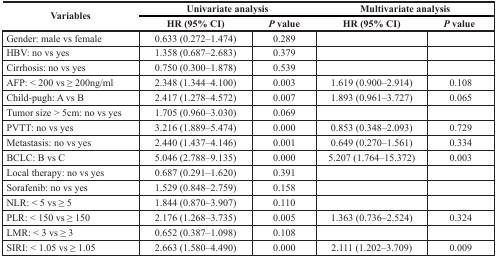
| <ROWSPAN=2> Variables | <COLSPAN=2> Univariate analysis | <COLSPAN=2> Multivariate analysis |
 | HR (95% CI) | P value | HR (95% CI) | P value |
 | --- | --- | --- | --- | --- |
 | Gender: male vs female | 0.633 (0.272–1.474) | 0.289 |  |  |
 | HBV: no vs yes | 1.358 (0.687–2.683) | 0.379 |  |  |
 | Cirrhosis: no vs yes | 0.750 (0.300–1.878) | 0.539 |  |  |
 | AFP: < 200 vs ≥ 200ng/ml | 2.348 (1.344–4.100) | 0.003 | 1.619 (0.900–2.914) | 0.108 |
 | Child-pugh: A vs B | 2.417 (1.278–4.572) | 0.007 | 1.893 (0.961–3.727) | 0.065 |
 | Tumor size > 5cm: no vs yes | 1.705 (0.960–3.030) | 0.069 |  |  |
 | PVTT: no vs yes | 3.216 (1.889–5.474) | 0.000 | 0.853 (0.348–2.093) | 0.729 |
 | Metastasis: no vs yes | 2.440 (1.437–4.146) | 0.001 | 0.649 (0.270–1.561) | 0.334 |
 | BCLC: B vs C | 5.046 (2.788–9.135) | 0.000 | 5.207 (1.764–15.372) | 0.003 |
 | Local therapy: no vs yes | 0.687 (0.291–1.620) | 0.391 |  |  |
 | Sorafenib: no vs yes | 1.529 (0.848–2.759) | 0.158 |  |  |
 | NLR: < 5 vs ≥ 5 | 1.844 (0.870–3.907) | 0.110 |  |  |
 | PLR: < 150 vs ≥ 150 | 2.176 (1.268–3.735) | 0.005 | 1.363 (0.736–2.524) | 0.324 |
 | LMR: < 3 vs ≥ 3 | 0.652 (0.387–1.098) | 0.108 |  |  |
 | SIRI: < 1.05 vs ≥ 1.05 | 2.663 (1.580–4.490) | 0.000 | 2.111 (1.202–3.709) | 0.009 |